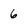
Character: 6